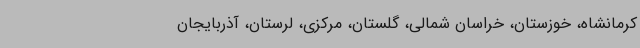
کرمانشاه، خوزستان، خراسان شمالی، گلستان، مرکزی، لرستان، آذربایجان